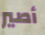
أصير